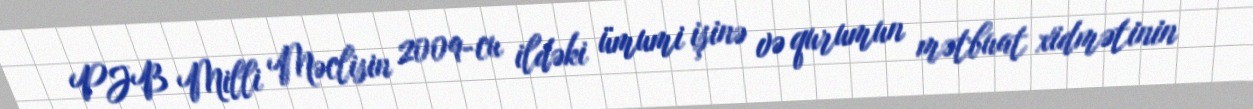
PJB Milli Məclisin 2009-cu ildəki ümumi işinə və qurumun mətbuat xidmətinin